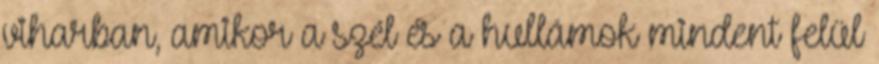
viharban, amikor a szél és a hullámok mindent felül